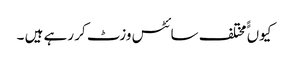
کیوں ًًمختلف سائٹس وزٹ کر رہے ہیں ۔